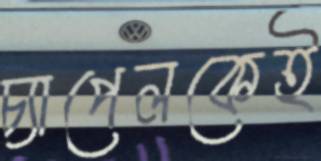
চ্যাপেলকেই